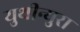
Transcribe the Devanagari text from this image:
युथीन्युरा